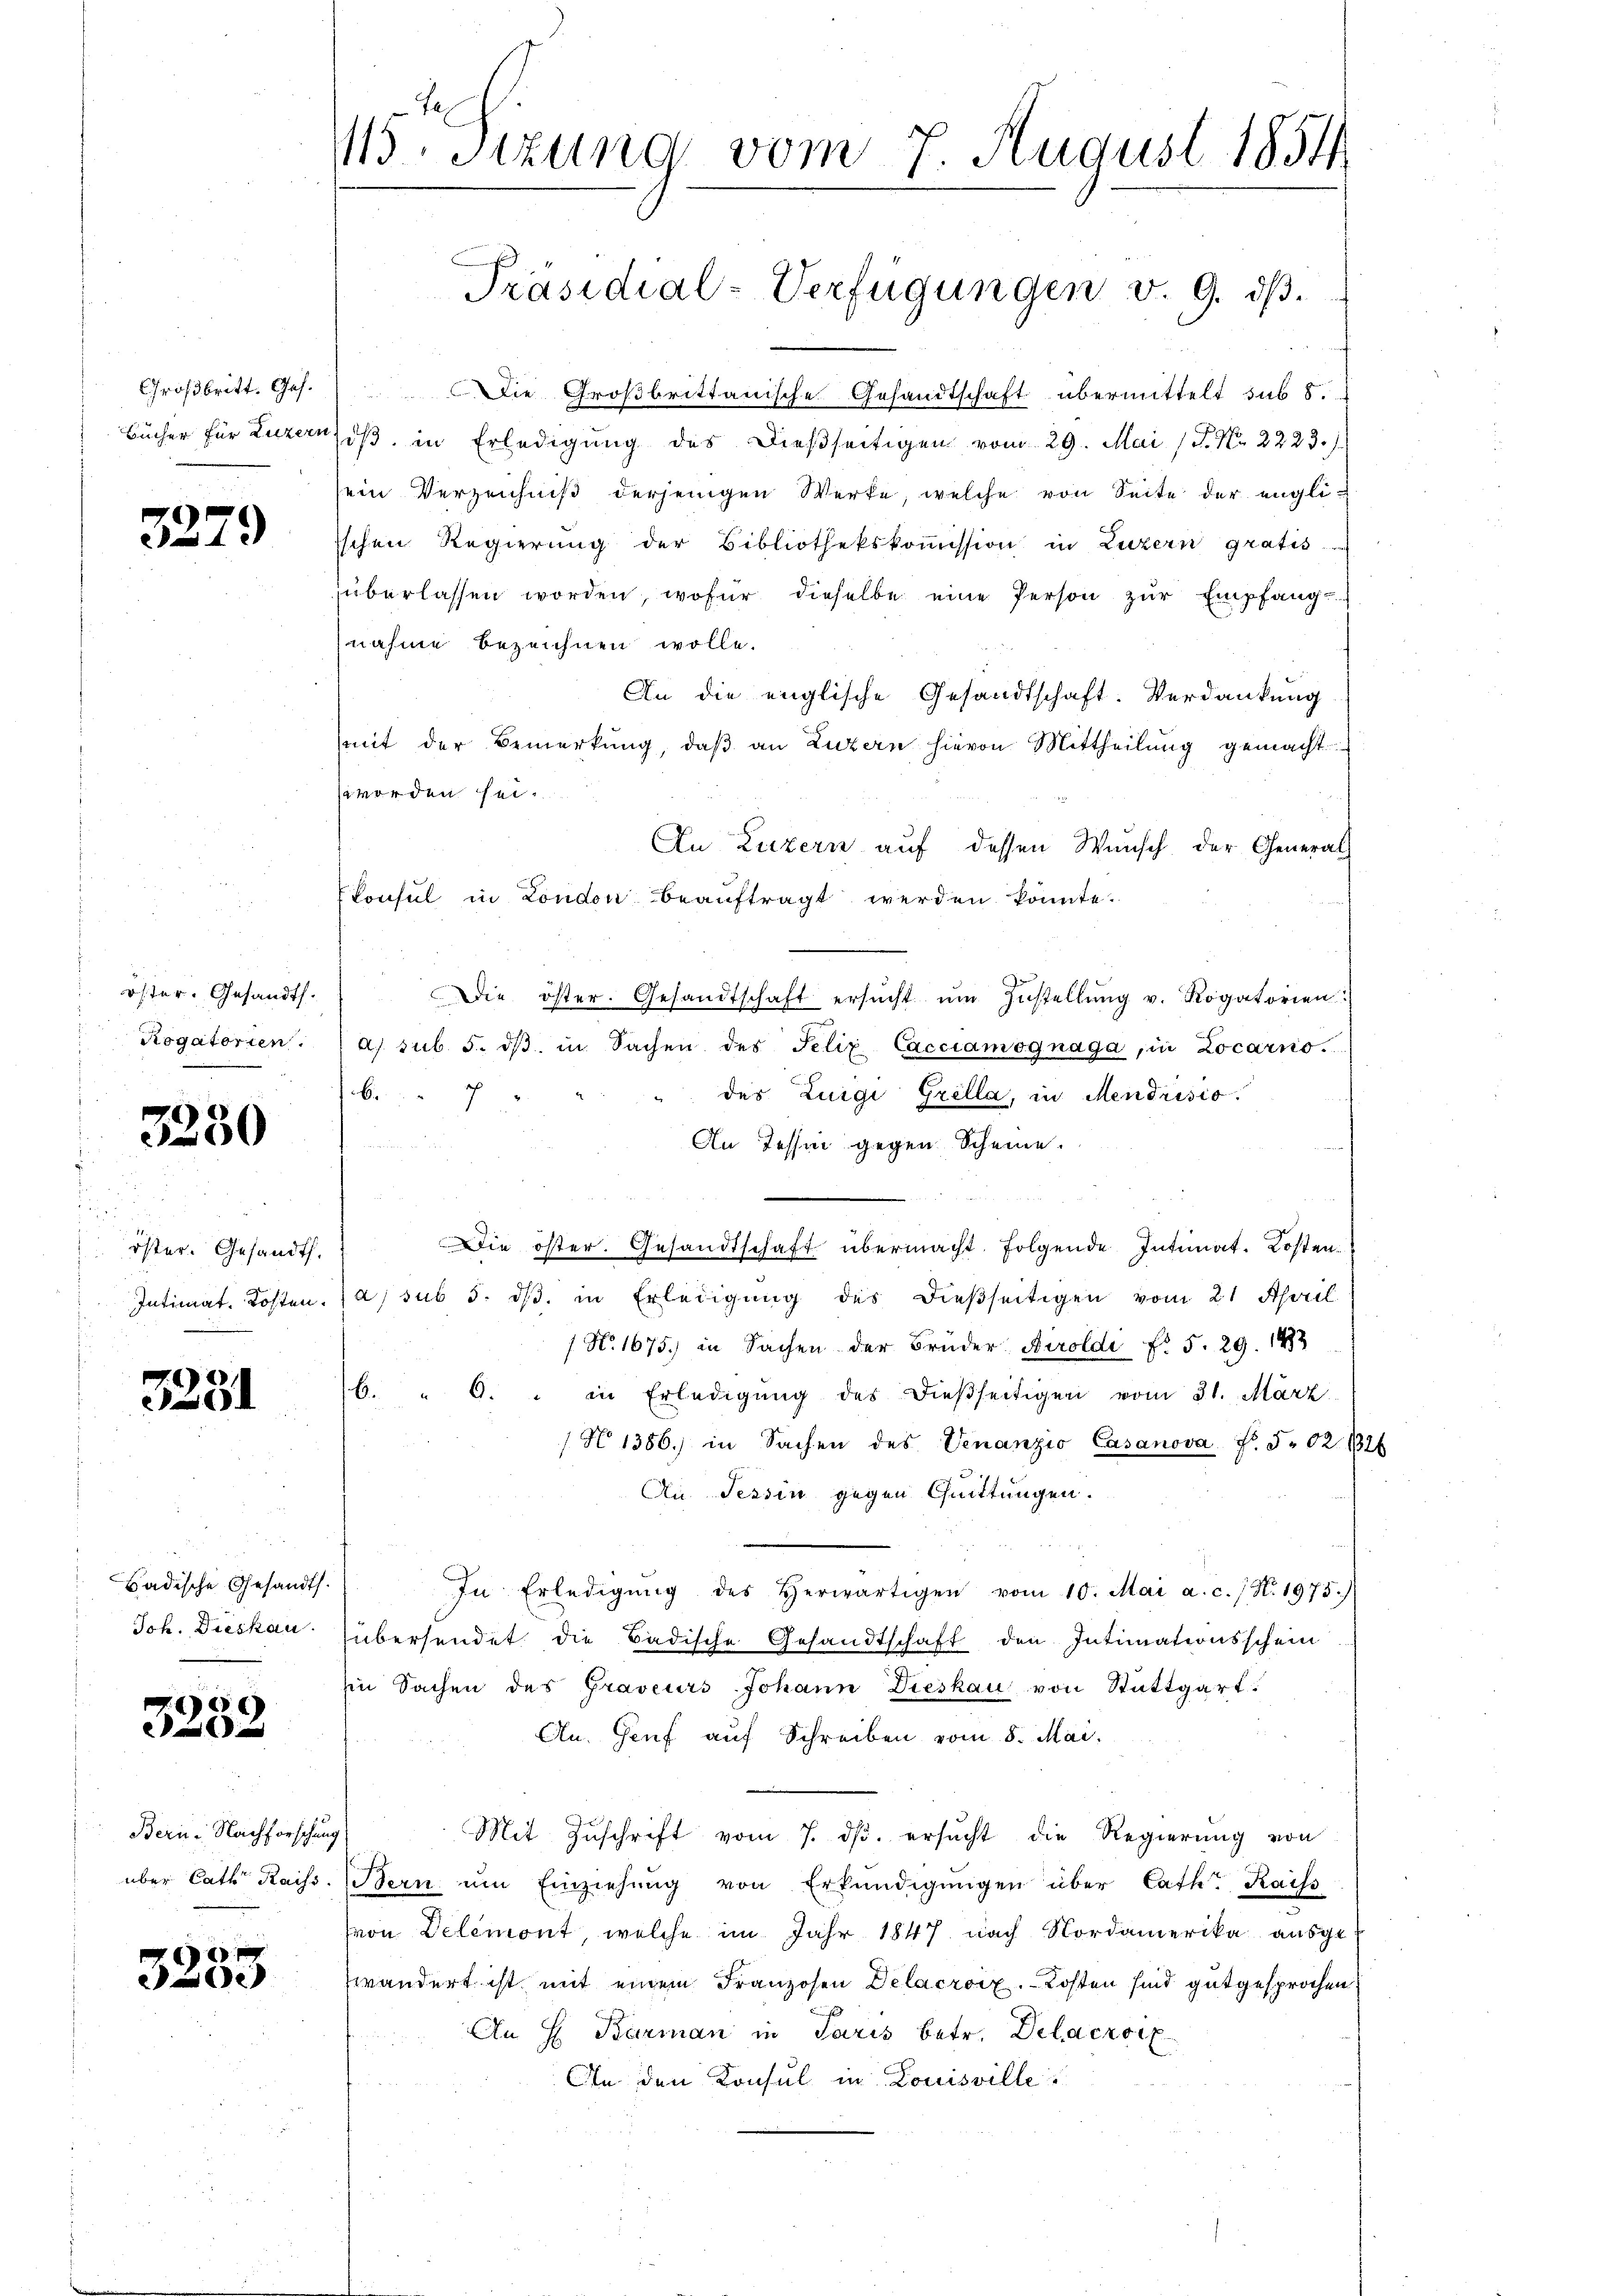
Großbritt. Ges.
Bücher für Luzern

3279

öster. Gesandt.
Rogatorien.

3230

öster. Gesandt.
Intimat. Kosten.

3281

Badische Gesandt.
Joh. Dieskau

3252

Bern, Nachforschung
über Cath Raiss.

3253

115. Sitzung vom 7. August 1851

Präsidial-Verfügungen v. 9. dβ.

Die Großbrittanische Gesandtschaft übermittelt sub 8.
dβ in Erledigung des dießseitigen vom 29. Mai (P. Nr. 2223.)
sein Verzeichniß derjenigen Werke, welche von Seite der englischen Regierŭng der Bibliothekskoṁission in Luzern gratis
überlassen worden, wofür dieselbe eine Person zur Empfangnahme bezeichnen wolle.
An die englische Gesandtschaft. Verdankung
mit der Bemerkung, daβ an Luzern hievon Mittheilung gemacht
wworden sei.
An Luzern auf dessen Wunsch der General-
Consul in London beauftragt werden könnte.
Die öster. Gesandtschaft ersŭcht ŭm Zŭstellŭng v. Rogatorien:
a). sub. 5. dβ in Sachen des Felix Cacciamognaga, in Locarno.
des Zuigi Grella, in Mendrisio
6
e
An Tessin gegen Scheine.
Die öster. Gesandtschaft übermacht. Folgende Intimat. Kostena, sub 5. ds. in Erledigung des dießseitigen vom 21. April
 No. 1675) in Sachen der Bruder. Airoldi f. 5. 29. 1993
b. " G. " in Erledigung des dießseitigen vom 31. März
/ No 1386) in Sachen des Venanzio Casanova No. 502. 132
An Tessin gegen Quittungen.
In Erledigŭng des Herwärtigen vom 10. Mai a. c. / N. 1975.)
übersendet die Badische Gesandtschaft den Intimationsschein
Ein Sachen des Graveurs Johann Dieskau von Stuttgart.
An. Genf auf Schreiben vom 8. Mai.
Mit Zuschrift vom 7. ds. ersucht die Regierung von
Bern ŭm Einziehŭng von Erkŭndigŭngen über Cath. Kaiss
(von Delémont, welche im Jahr 1847 nach Nordamerika ausge-
zwändert ist mit einem Franzosen Delacroiz. Kosten sind gutgesprochen,
An H. Barman in Paris betr. Delacroix
An den Konsul in Louisville